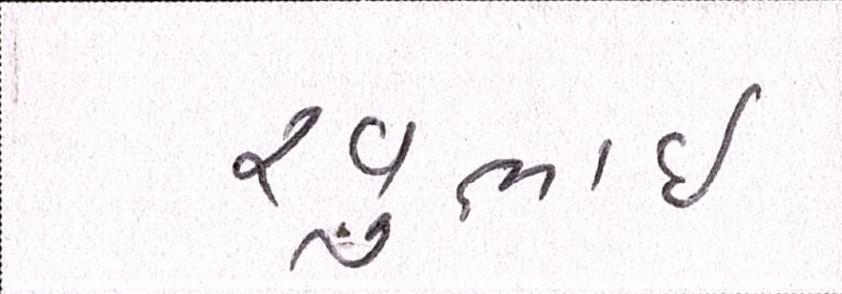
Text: રવુભાઇ